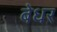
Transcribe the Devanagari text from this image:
बेधर